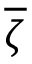
\overline { { \zeta } }